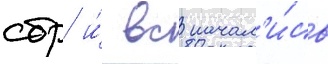
сбр и́ вс начал'и́сь